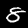
Label: 8